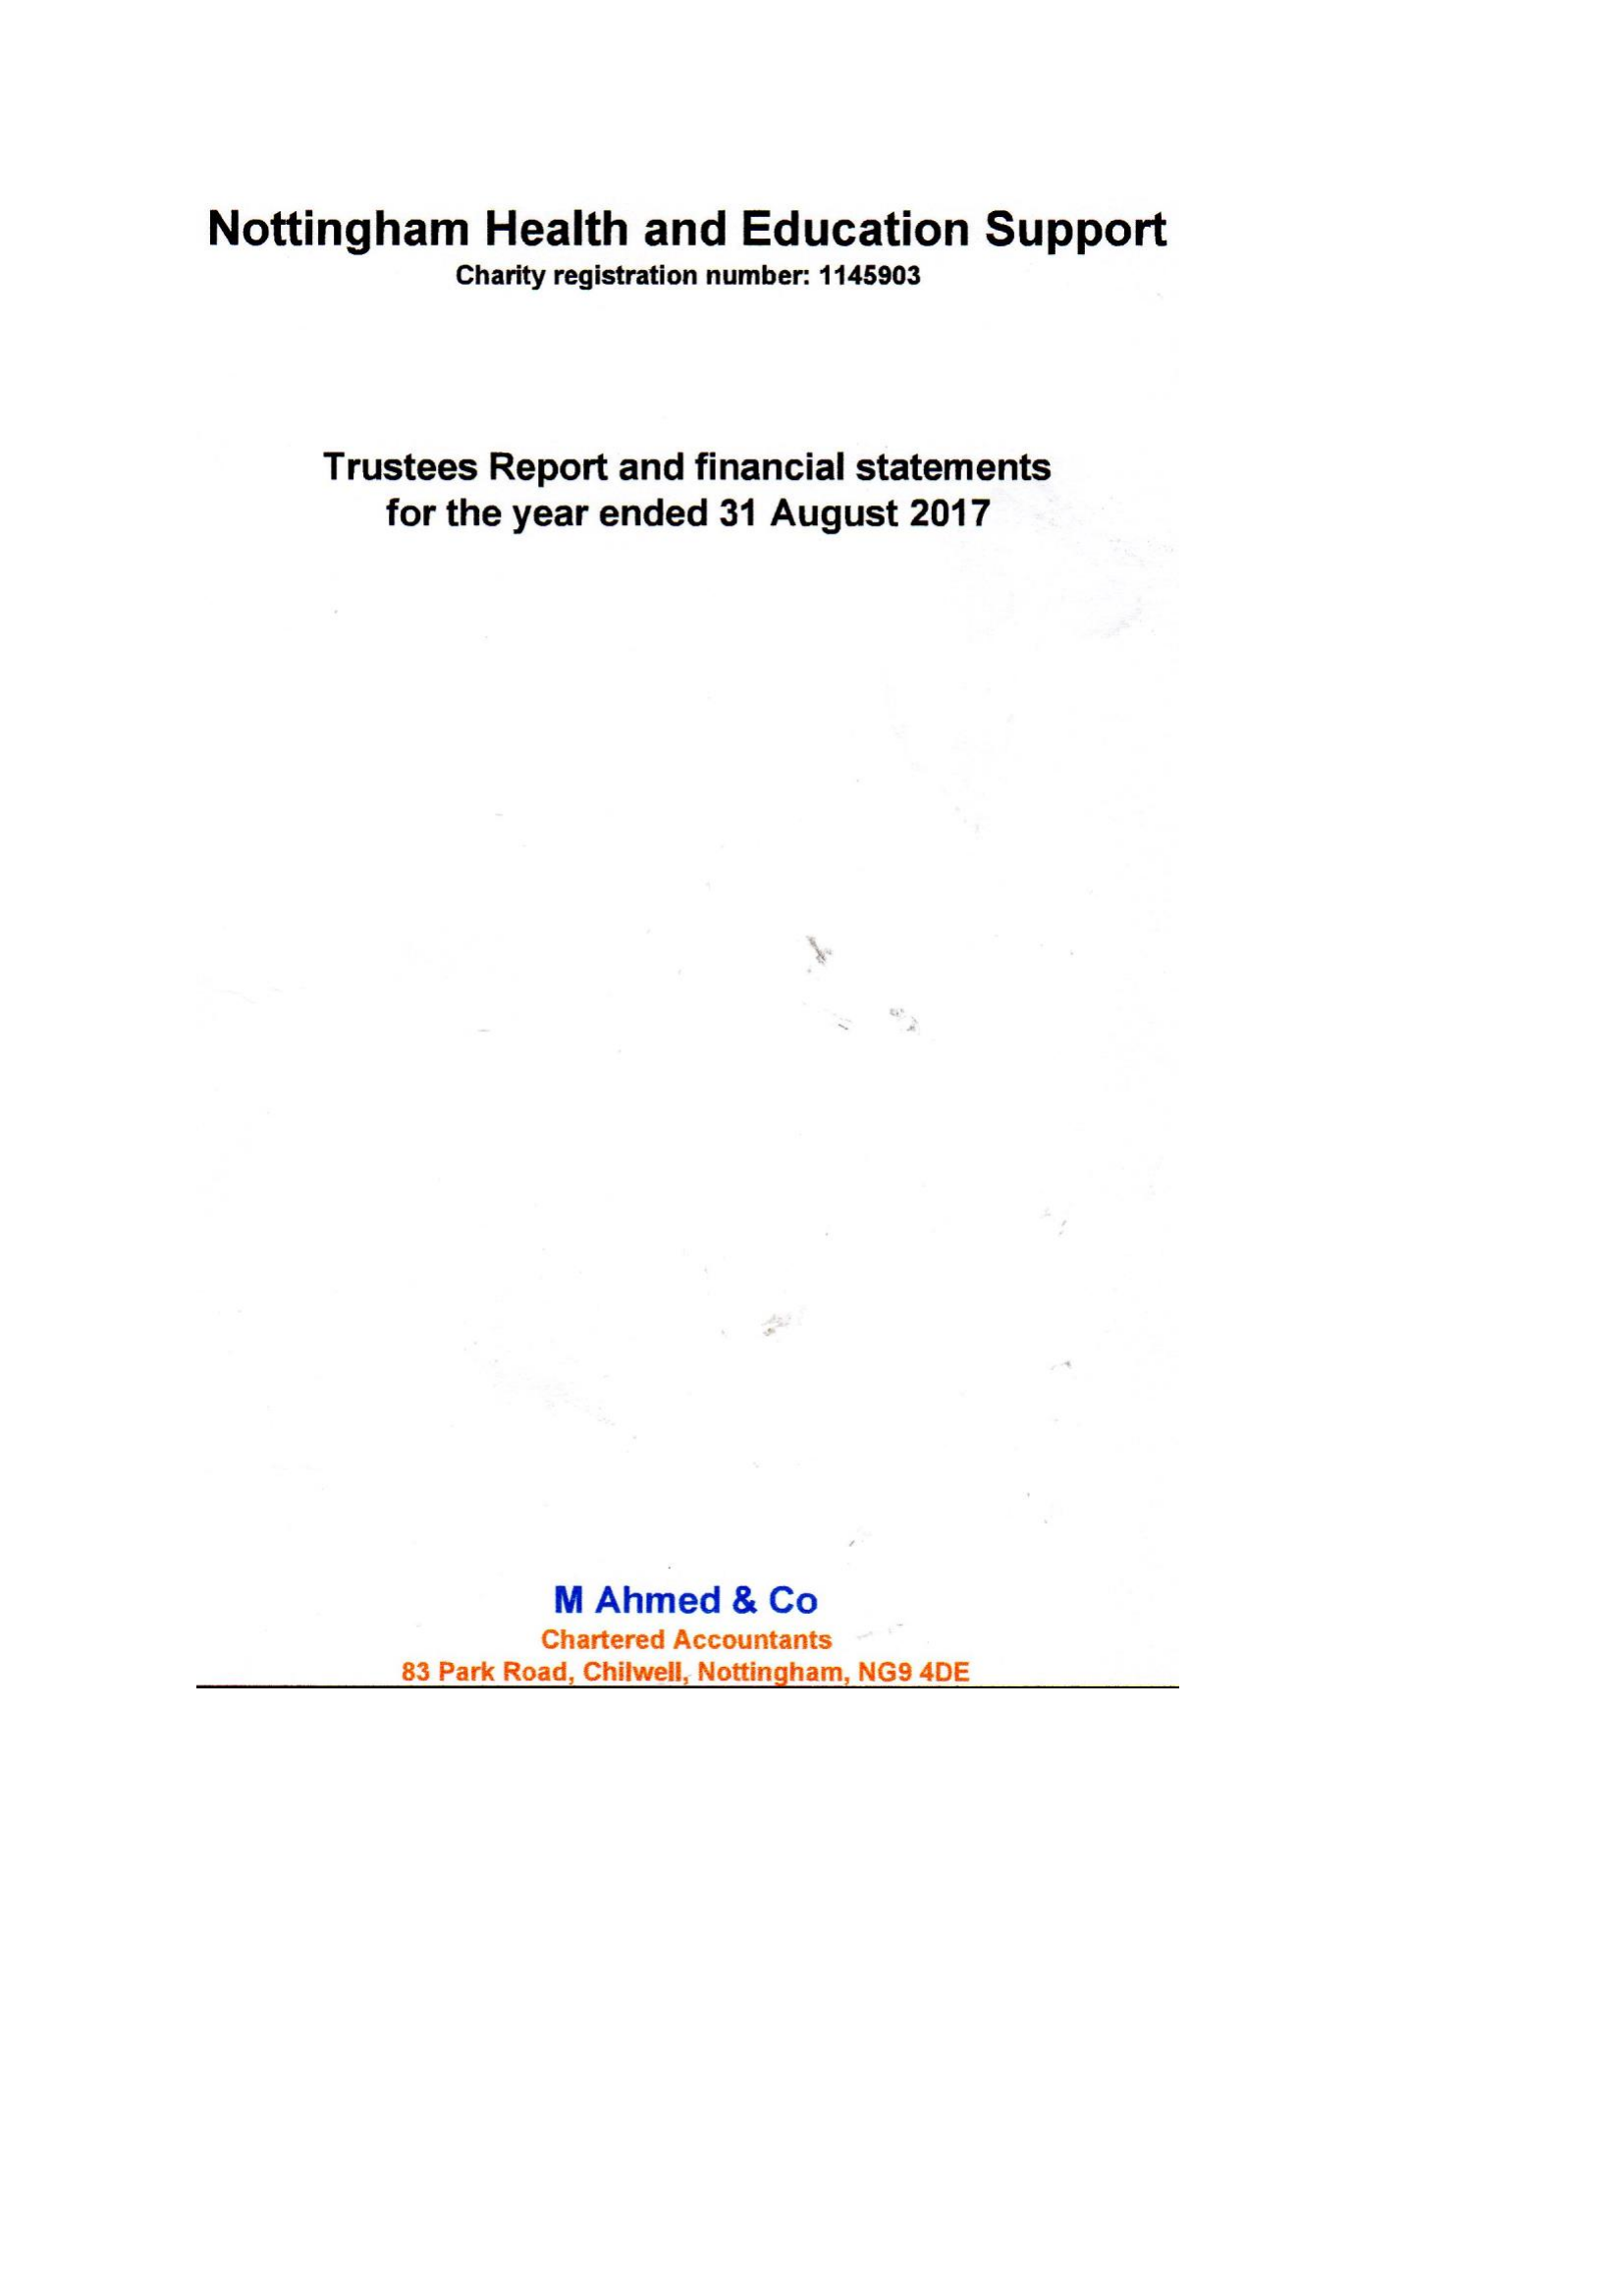
Nottingham    Health    and   Education    Support
     Charity registration number: 1145903
     Trustees   Report  and  financial statements
     for the year  ended  31  August   2017
     M Ahmed    &  Co
     Chartered Accountants
     83 Park Road, Chilwell, Nottingham, NG9 4DE